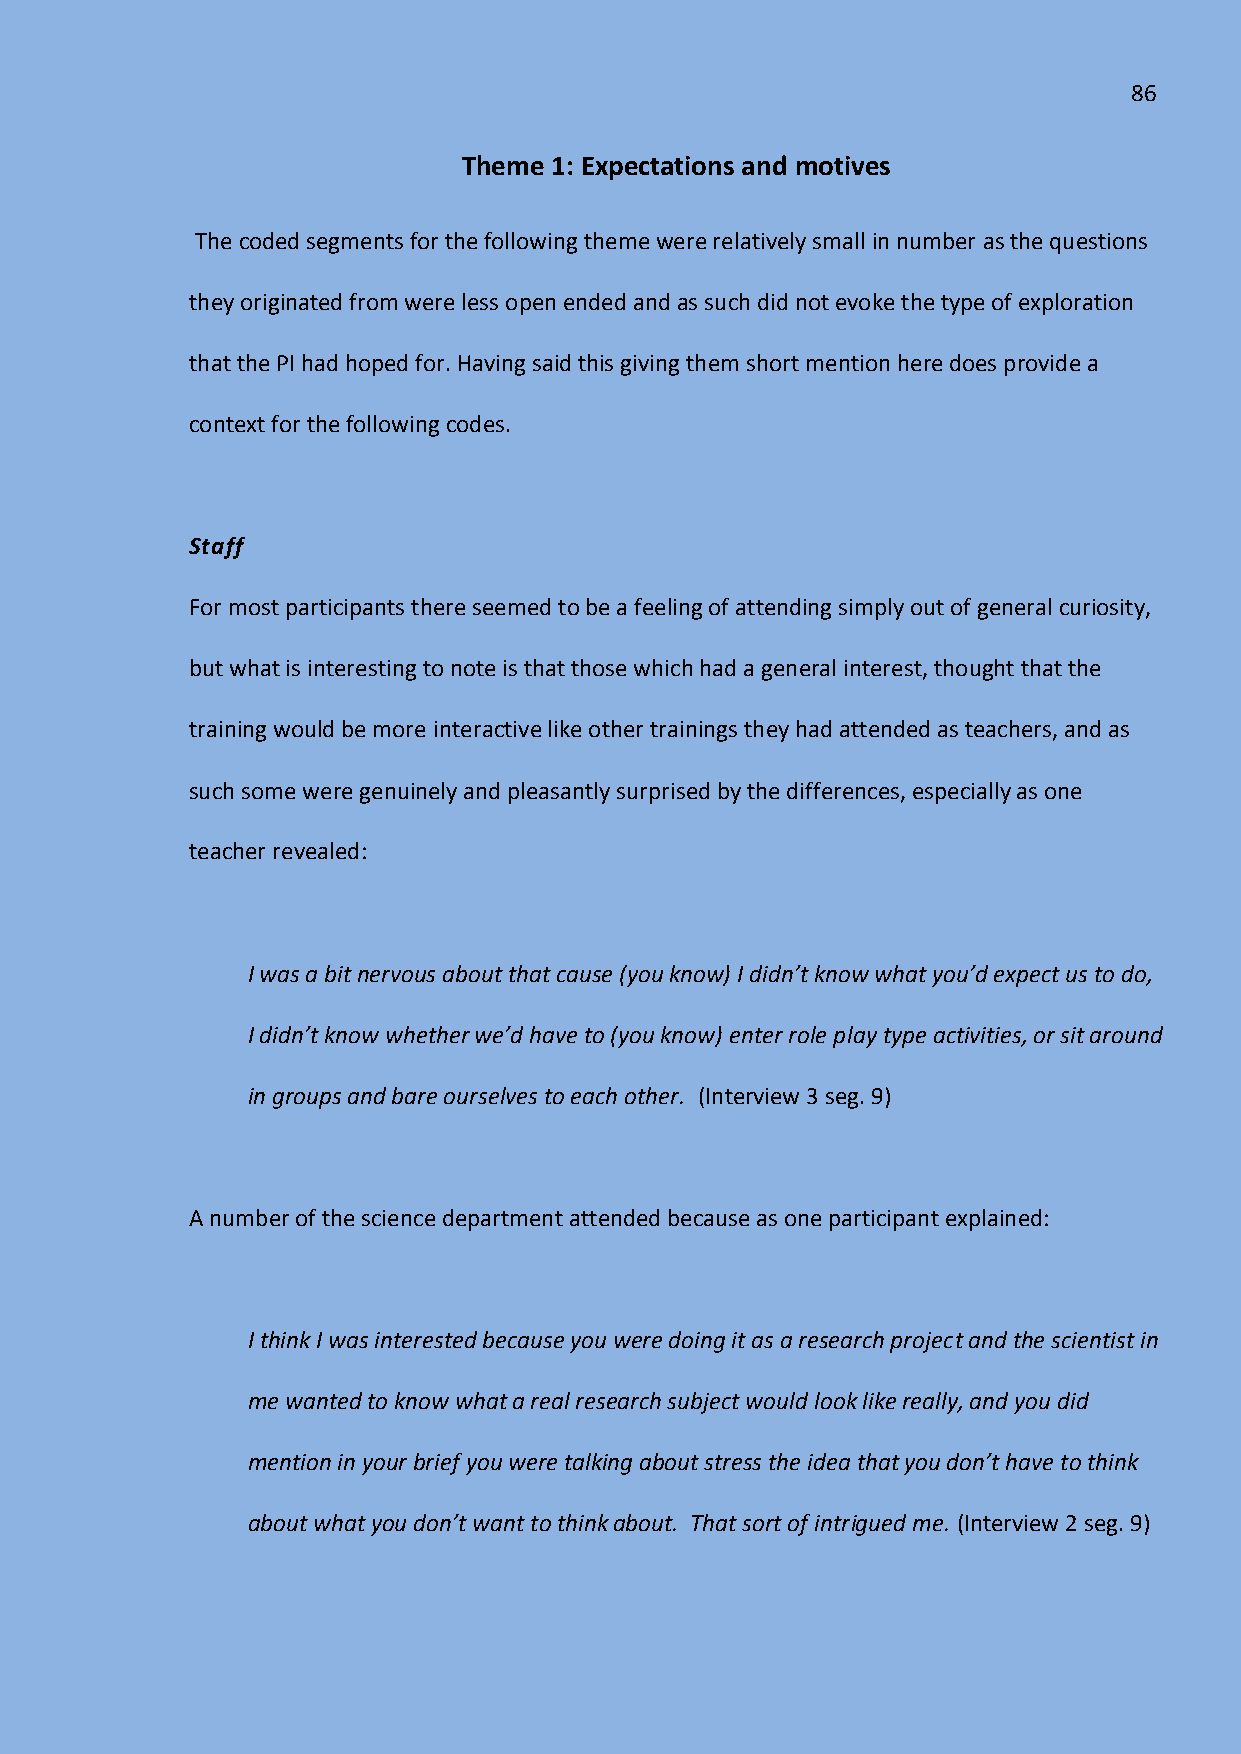
86
 Theme 1: Expectations and motives
 The coded segments for the following theme were relatively small in number as the questions
 they originated from were less open ended and as such did not evoke the type of exploration
 that the PI had hoped for. Having said this giving them short mention here does provide a
 context for the following codes.
 Staff
 For most participants there seemed to be a feeling of attending simply out of general curiosity,
 but what is interesting to note is that those which had a general interest, thought that the
 training would be more interactive like other trainings they had attended as teachers, and as
 such some were genuinely and pleasantly surprised by the differences, especially as one
 teacher revealed:
 I was a bit nervous about that cause (you know) I didn’t know what you’d expect us to do,
 I didn’t know whether we’d have to (you know) enter role play type activities, or sit around
 in groups and bare ourselves to each other. (Interview 3 seg. 9)
 A number of the science department attended because as one participant explained:
 I think I was interested because you were doing it as a research project and the scientist in
 me wanted to know what a real research subject would look like really, and you did
 mention in your brief you were talking about stress the idea that you don’t have to think
 about what you don’t want to think about. That sort of intrigued me. (Interview 2 seg. 9)